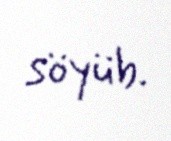
söyüb.